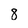
Character: 8